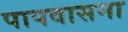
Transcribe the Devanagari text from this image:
पापवासना